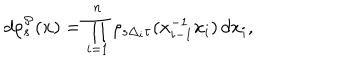
d \rho _ { s } ^ { \mathcal { P } } ( \mathbf { x } ) = \prod _ { i = 1 } ^ { n } \rho _ { s \Delta _ { i } \tau } ( x _ { i - 1 } ^ { - 1 } x _ { i } ) \, d x _ { i } ,